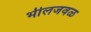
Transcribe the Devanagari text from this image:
भीलजवळ